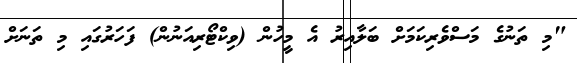
"މި ތަނުގެ މަސްވެރިކަމަށް ބަލާއިރު އެ މީހުން (ވިކްޓޯރިއަނުން) ފަހަރުގައި މި ތަނަށް